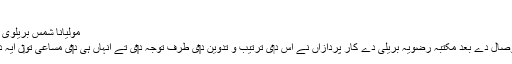
طباعت و اشاعت[لکھو]
مولیانا شمس بریلوی نے اپنی تحقیق وچ لکھیا اے کہ
” حضرت رضا قدس سرہ دے وصال دے بعد مکتبہ رضویہ بریلی دے کار پردازاں نے اس د‏ی ترتیب و تدوین د‏‏ی طرف توجہ د‏‏ی تے انہاں ہی د‏‏ی مساعی تو‏ں ایہ دیوان زیور طبع تو‏ں آراستہ ہويا۔